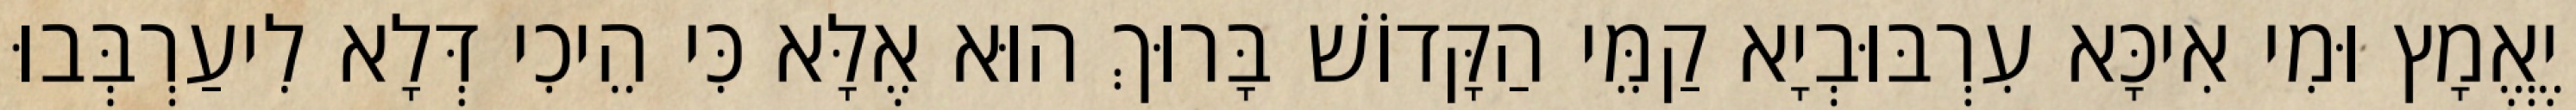
יֶאֱמָץ וּמִי אִיכָּא עִרְבּוּבְיָא קַמֵּי הַקָּדוֹשׁ בָּרוּךְ הוּא אֶלָּא כִּי הֵיכִי דְּלָא לִיעַרְבְּבוּ